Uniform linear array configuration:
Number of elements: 4
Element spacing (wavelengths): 0.5
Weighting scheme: binomial
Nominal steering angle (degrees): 15
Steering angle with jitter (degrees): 15.569
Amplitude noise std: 0.05
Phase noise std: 0.05

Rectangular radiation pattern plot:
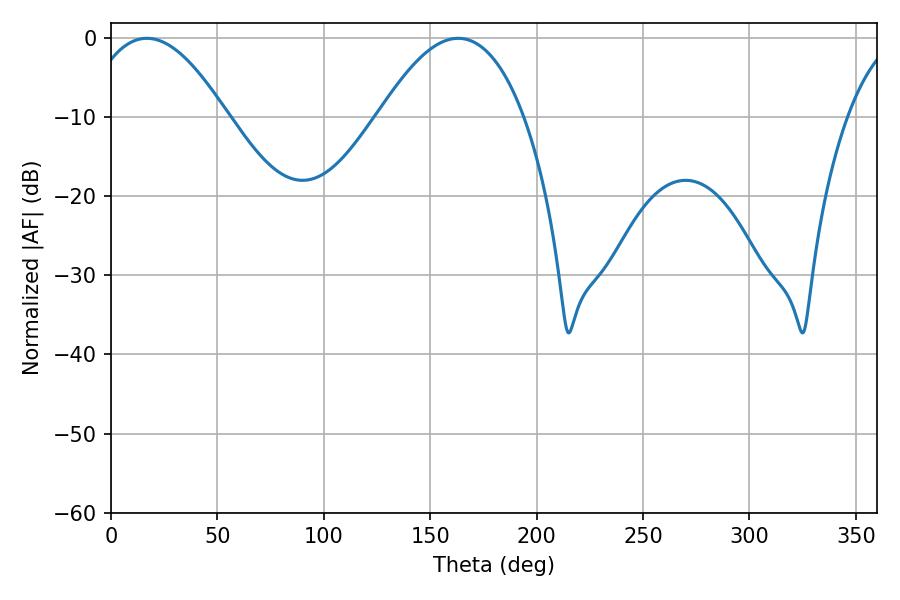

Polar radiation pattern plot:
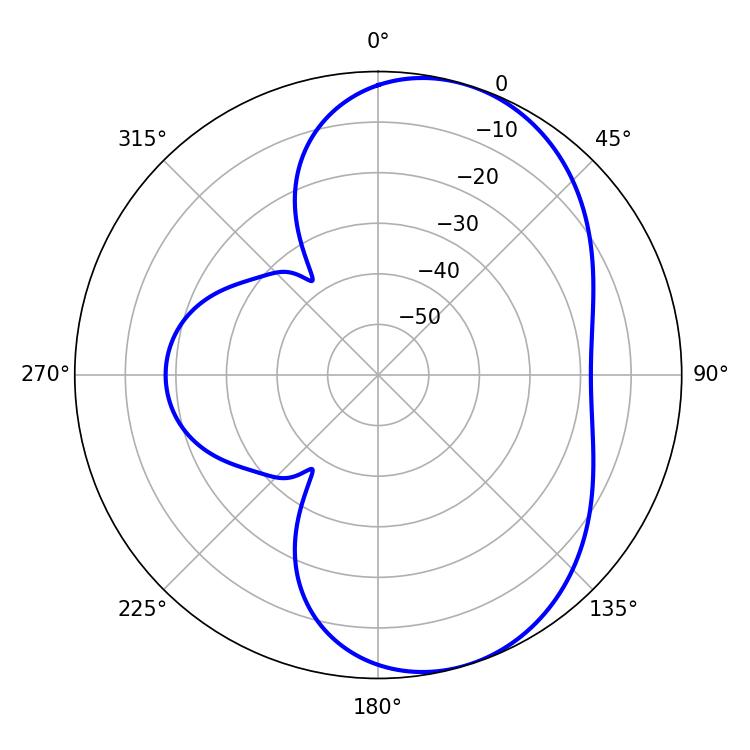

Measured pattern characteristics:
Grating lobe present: FALSE
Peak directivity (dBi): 6.437
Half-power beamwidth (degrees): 36.72
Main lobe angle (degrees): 16.92